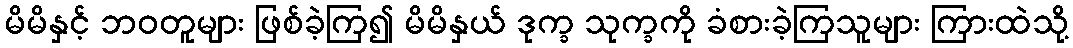
မိမိနှင့် ဘဝတူများ ဖြစ်ခဲ့ကြ၍ မိမိနှယ် ဒုက္ခ သုက္ခကို ခံစားခဲ့ကြသူများ ကြားထဲသို့